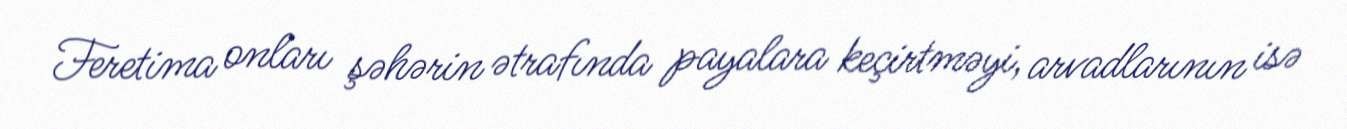
Feretima onları şəhərin ətrafında payalara keçirtməyi, arvadlarının isə